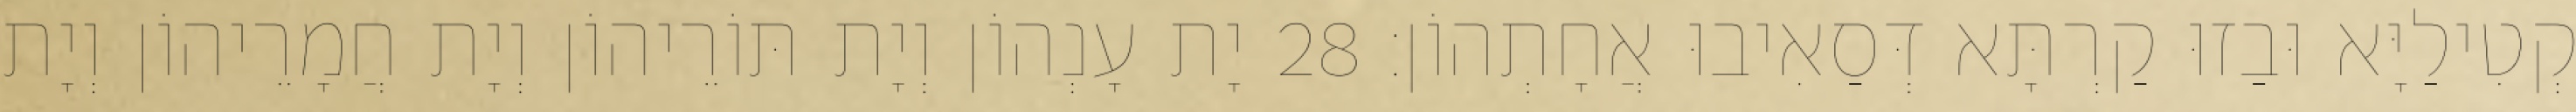
קְטִילַיָּא וּבַזוּ קַרְתָּא דְּסַאִיבוּ אֲחָתְהוֹן׃ 28 יָת עָנְהוֹן וְיָת תּוֹרֵיהוֹן וְיָת חֲמָרֵיהוֹן וְיָת